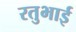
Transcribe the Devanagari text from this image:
रतुभाई